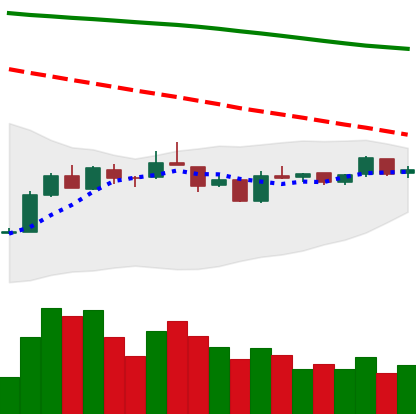
Ticker: EOS-USD
Chart end date: 2019-01-04
Forward return: 7.014%
Label: up_7plus